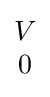
{\begin{matrix}V\\0\end{matrix}}